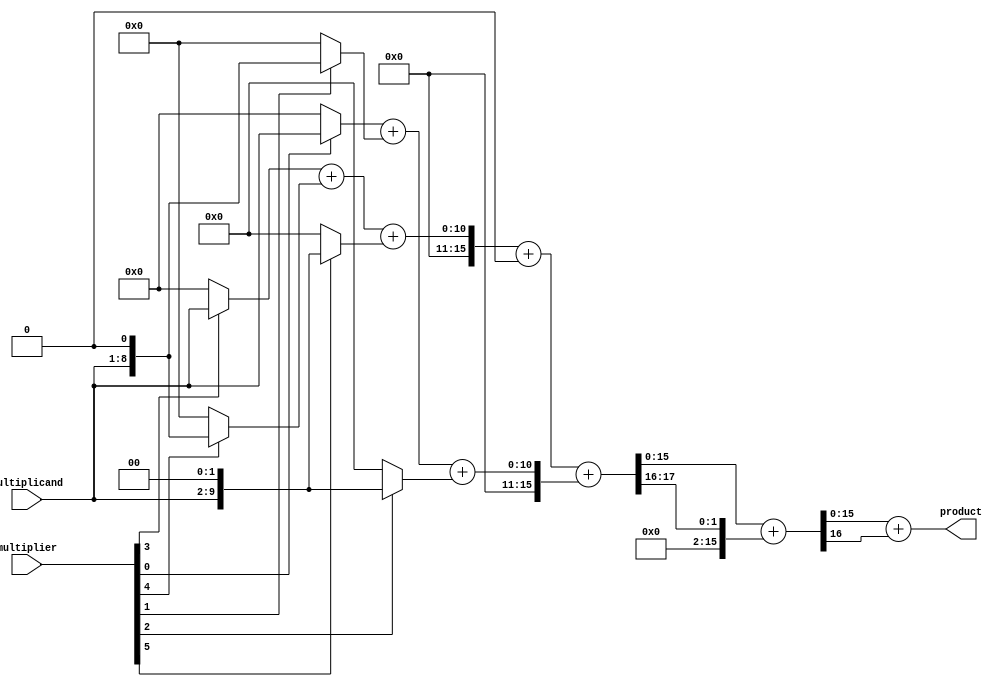
module higher_radix_wallace_tree_multiplier (
    input [N-1:0] multiplicand,
    input [M-1:0] multiplier,
    output [P-1:0] product
);
    parameter N = 8; // Bit-width of multiplicand
    parameter M = 8; // Bit-width of multiplier
    parameter P = N + M; // Product width

    // Intermediate signals for partial products
    wire [P-1:0] pp [0:M/3-1]; // Partial products array

    // Generate partial products
    generate
        genvar i, j;
        for (i = 0; i < M; i = i + 3) begin : pp_gen
            assign pp[i/3] = (multiplier[i] ? multiplicand : 0) +
                             (multiplier[i+1] ? (multiplicand << 1) : 0) +
                             (multiplier[i+2] ? (multiplicand << 2) : 0);
        end
    endgenerate

    // Wallace Tree Reduction
    wire [P-1:0] sum [0:M/3-1];
    wire [P-1:0] carry [0:M/3-1];

    // Reduction stage
    generate
        for (j = 0; j < M/3; j = j + 1) begin : reduction_stage
            if (j == 0) begin
                assign {carry[j], sum[j]} = pp[j];
            end else begin
                assign {carry[j], sum[j]} = pp[j] + carry[j-1] + sum[j-1];
            end
        end
    endgenerate

    // Final addition stage
    wire [P-1:0] final_sum;
    wire [P-1:0] final_carry;

    assign {final_carry, final_sum} = sum[M/3-1] + carry[M/3-1];

    // Output product
    assign product = final_sum + final_carry;

endmodule